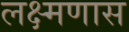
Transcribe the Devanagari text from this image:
लक्ष्मणास